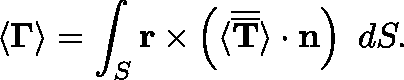
\langle \mathbf { \Gamma } \rangle = \int _ { S } \mathbf { r } \times \left( \langle \overline { { \overline { { \mathbf { T } } } } } \rangle \cdot \mathbf { n } \right) ~ d S .